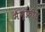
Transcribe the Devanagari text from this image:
मैन्फ्रीड